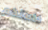
خاصتكم